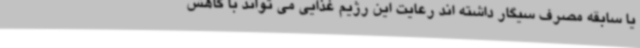
یا سابقه مصرف سیگار داشته اند رعایت این رژیم غذایی می تواند با کاهش